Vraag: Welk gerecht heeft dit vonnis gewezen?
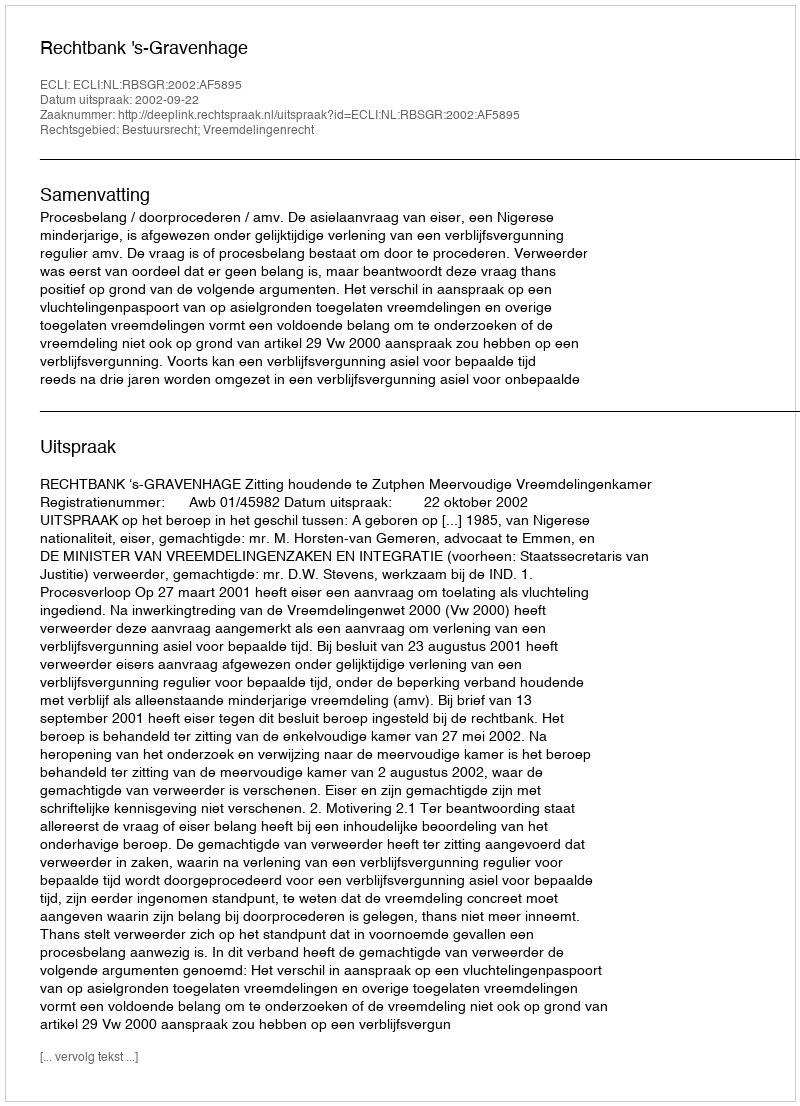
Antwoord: Rechtbank 's-Gravenhage